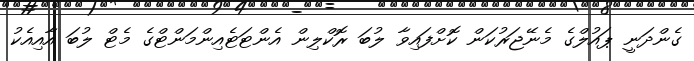
ގެންދަނީ ޕައުލްގެ މެނޭޖަރުކަން ކޮށްފައިވާ ލުބަ ރޮކްލިން އެންޓަޓެއިންމަންޓްގެ މެޓް ލުބަ އާއިއެކު